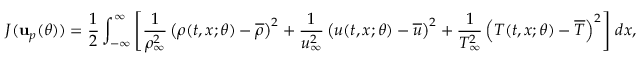
J ( \mathbf { u } _ { p } ( \theta ) ) = \frac { 1 } { 2 } \int _ { - \infty } ^ { \infty } \left[ \frac { 1 } { \rho _ { \infty } ^ { 2 } } \left( \rho ( t , x ; \theta ) - \overline { { \rho } } \right) ^ { 2 } + \frac { 1 } { u _ { \infty } ^ { 2 } } \left( u ( t , x ; \theta ) - \overline { { u } } \right) ^ { 2 } + \frac { 1 } { T _ { \infty } ^ { 2 } } \left( T ( t , x ; \theta ) - \overline { { T } } \right) ^ { 2 } \right] \, d x ,